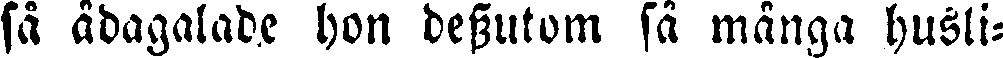
så ådagalade hon dessutom så många husli-